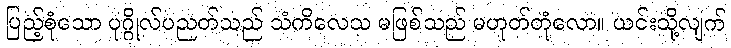
ပြည့်စုံသော ပုဂ္ဂိုလ်ပညတ်သည် သံကိလေသ မဖြစ်သည် မဟုတ်တုံလော။ ယင်းသို့လျက်